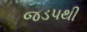
જડપથી